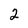
Character: 2